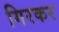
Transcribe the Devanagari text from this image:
गिरकर